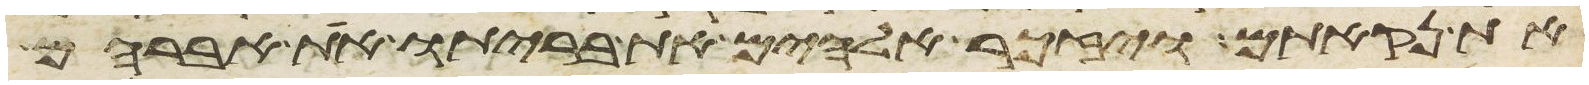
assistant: את נקאתם ויזכר אלהים את בריתו את אברהם